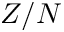
Z / N